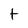
Character: t